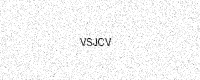
Text: VSJCV